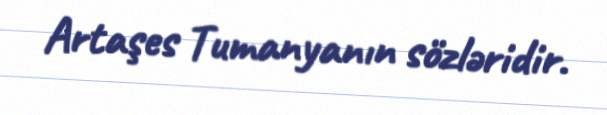
Artaşes Tumanyanın sözləridir.